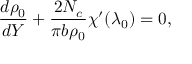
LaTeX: { \frac { d \rho _ { 0 } } { d Y } } + { \frac { 2 N _ { c } } { \pi b \rho _ { 0 } } } \chi ^ { \prime } ( \lambda _ { 0 } ) = 0 ,